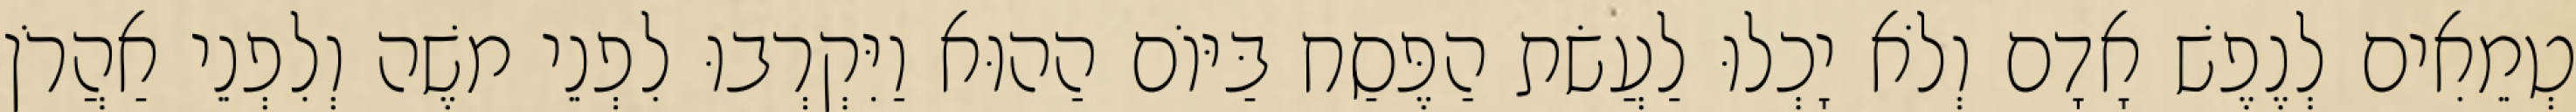
טְמֵאִים לְנֶפֶשׁ אָדָם וְלֹא יָכְלוּ לַעֲשׂת הַפֶּסַח בַּיּוֹם הַהוּא וַיִּקְרְבוּ לִפְנֵי משֶׁה וְלִפְנֵי אַהֲרֹן